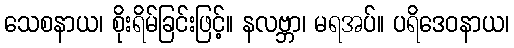
သေစနာယ၊ စိုးရိမ်ခြင်းဖြင့်။ နလဗ္ဘာ၊ မရအပ်။ ပရိဒေဝနာယ၊